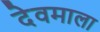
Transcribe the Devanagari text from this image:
देवमाला